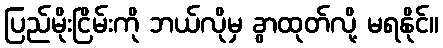
ပြည်မိုးငြိမ်းကို ဘယ်လိုမှ ခွာထုတ်လို့ မရနိုင်။